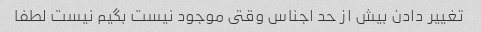
تغییر دادن بیش از حد اجناس وقتى موجود نیست بگیم نیست لطفا